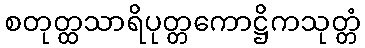
စတုတ္ထသာရိပုတ္တကောဋ္ဌိကသုတ္တံ